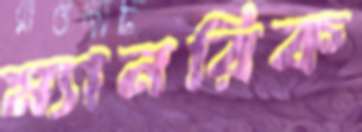
ম্যানরিক